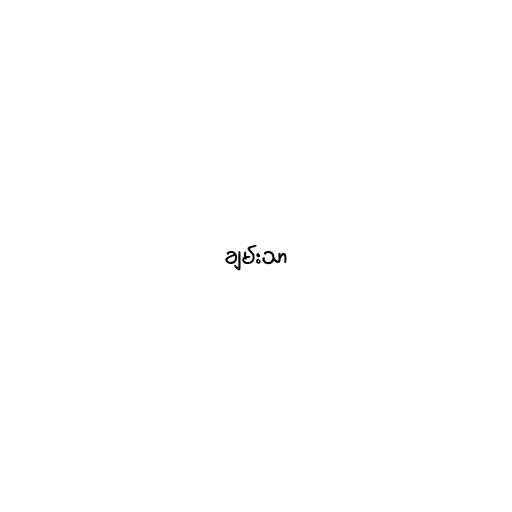
ချမ်းသာ